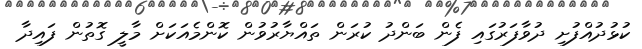
ކުޅުދުއްފުށި ދުވާފަރުގައި ފެން ބަންދު ކުރަން ތައްޔާރުވުން ކޮންމެއަކަށް މާލީ ގޮތުން ފައިދާ